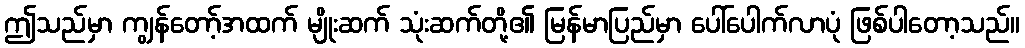
ဤသည်မှာ ကျွန်တော့်အထက် မျိုးဆက် သုံးဆက်တို့၏ မြန်မာပြည်မှာ ပေါ်ပေါက်လာပုံ ဖြစ်ပါတော့သည်။